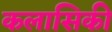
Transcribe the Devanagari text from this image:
कलासिकी